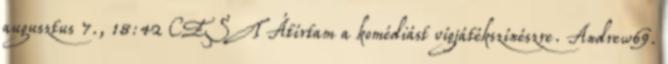
augusztus 7., 18:42 CEST Átírtam a komédiást vígjátékszínészre. Andrew69.